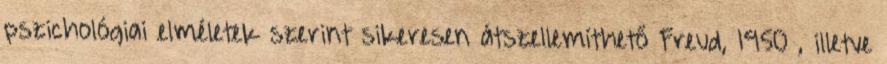
pszichológiai elméletek szerint sikeresen átszellemíthető Freud, 1950 , illetve